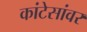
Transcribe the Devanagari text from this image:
कांटेसांवर